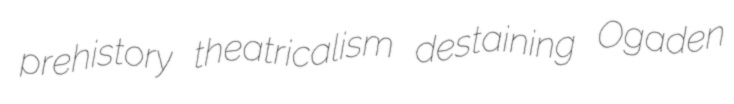
prehistory theatricalism destaining Ogaden